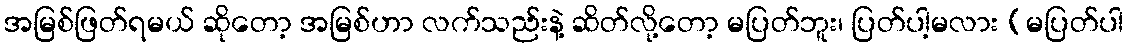
အမြစ်ဖြတ်ရမယ် ဆိုတော့ အမြစ်ဟာ လက်သည်းနဲ့ ဆိတ်လို့တော့ မပြတ်ဘူး၊ ပြတ်ပါ့မလား (မပြတ်ပါ